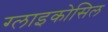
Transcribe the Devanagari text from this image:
ग्लाइकोसिल